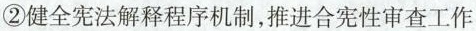
②健全宪法解释程序机制，推进合宪性审查工作